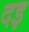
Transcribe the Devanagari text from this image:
दइ